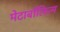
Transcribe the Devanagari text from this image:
मेटाबॉलिज्म